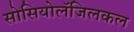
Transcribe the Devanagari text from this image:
सोसियोलॅजिलकल